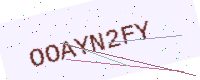
Text: OOAYN2FY